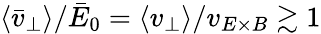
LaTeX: \langle\bar{v}_{\perp}\rangle/\bar{E}_{0}=\langle v_{\perp}\rangle/v_{E\times B}\gtrsim 1